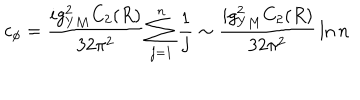
c _ { \phi } = { \frac { i g _ { Y M } ^ { 2 } C _ { 2 } ( R ) } { 3 2 \pi ^ { 2 } } } \sum _ { j = 1 } ^ { n } { \frac { 1 } { j } } \sim { \frac { i g _ { Y M } ^ { 2 } C _ { 2 } ( R ) } { 3 2 \pi ^ { 2 } } } \ln n